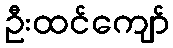
ဦးထင်ကျော်